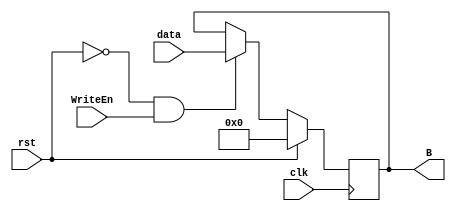
module register_WE #(parameter W=16) (data,clk,rst,WriteEn,B);
input clk,rst,WriteEn;
input [W-1:0] data;
output reg [W-1:0] B;

always @ (posedge clk) 
begin 
if (rst) 
B <= 0; 
else if (~rst && WriteEn)  
B <= data;
else if (~rst && ~WriteEn)
B <= B; 
end 
endmodule